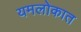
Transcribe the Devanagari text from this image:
यमलोकात